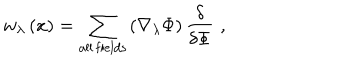
w _ { \lambda } \left( x \right) = \sum _ { \mathrm { a l l \, f i e l d s } } \left( \nabla _ { \lambda } \Phi \right) \frac \delta { \delta \Phi } \, \, ,